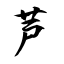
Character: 芦